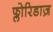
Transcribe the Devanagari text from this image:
फ्लोरिडाज़